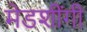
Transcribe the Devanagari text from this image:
मेडशींगी